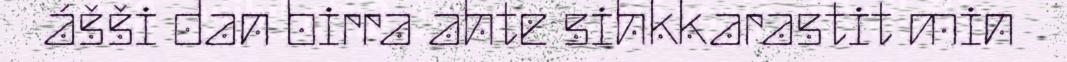
ášši dan birra ahte sihkkarastit min